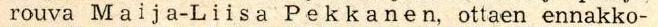
rouva Maija-Liisa  Pekkanen ottaen ennakko-